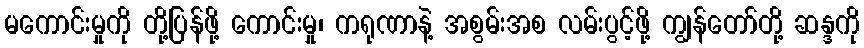
မကောင်းမှုကို တို့ပြန်ဖို့ ကောင်းမှု၊ ကရုဏာနဲ့ အစွမ်းအစ လမ်းပွင့်ဖို့ ကျွန်တော်တို့ ဆန္ဒကို